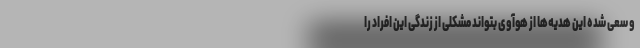
و سعی شده این هدیه‌ها از هوآوی بتواند مشکلی از زندگی این افراد را